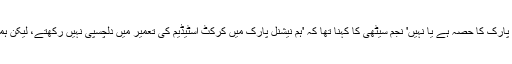
عدالت عظمیٰ نے کہا کہ سی ڈی اے ثابت کرے کہ اسٹیڈیم نیشنل پارک کا حصہ ہے یا نہیں' نجم سیٹھی کا کہنا تھا کہ 'ہم نیشنل پارک میں کرکٹ اسٹیڈیم کی تعمیر میں دلچسپی نہیں رکھتے، لیکن ہمیں اسلام آباد میں کرکٹ اسٹیڈیم کی تعمیر میں گہری دلچسپی ہے۔